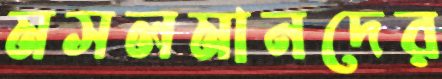
মসলমানদের